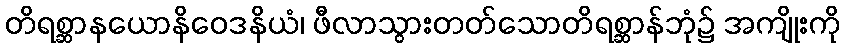
တိရစ္ဆာနယောနိဝေဒနိယံ၊ ဖီလာသွားတတ်သောတိရစ္ဆာန်ဘုံ၌ အကျိုးကို